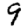
Digit: 9